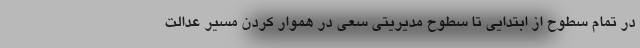
در تمام سطوح از ابتدایی تا سطوح مدیریتی سعی در هموار کردن مسیر عدالت